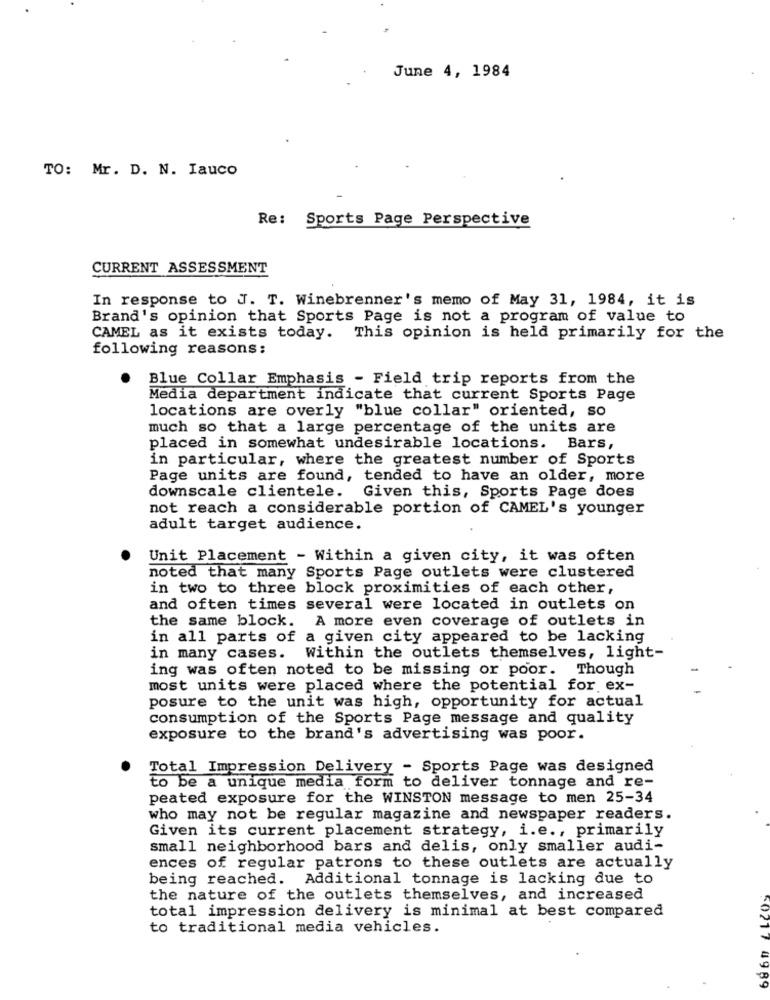
June 4, 1984
TO: Mr. D. N. Iauco
Re: Sports Page Perspective
CURRENT ASSESSMENT
In response to J. T. Winebrenner's memo of May 31, 1984, it is
Brand's opinion that Sports Page is not a program of value to
CAMEL as it exists today. This opinion is held primarily for the
following reasons:
Blue Collar Emphasis - Field trip reports from the
Media department indicate that current Sports Page
locations are overly "blue collar" oriented, so
much so that a large percentage of the units are
placed in somewhat undesirable locations. Bars,
in particular, where the greatest number of Sports
Page units are found, tended to have an older, more
downscale clientele. Given this, Sports Page does
not reach a considerable portion of CAMEL's younger
adult target audience.
Unit Placement - Within a given city, it was often
noted that many Sports Page outlets were clustered
in two to three block proximities of each other,
and often times several were located in outlets on
the same block. A more even coverage of outlets in
in all parts of a given city appeared to be lacking
in many cases. Within the outlets themselves, light-
ing was often noted to be missing or poor. Though
most units were placed where the potential for ex-
posure to the unit was high, opportunity for actual
consumption of the Sports Page message and quality
exposure to the brand's advertising was poor.
Total Impression Delivery - Sports Page was designed
to be a unique media form to deliver tonnage and re-
peated exposure for the WINSTON message to men 25-34
who may not be regular magazine and newspaper readers.
Given its current placement strategy, i.e ., primarily
small neighborhood bars and delis, only smaller audi-
ences of regular patrons to these outlets are actually
being reached. Additional tonnage is lacking due to
the nature of the outlets themselves, and increased
total impression delivery is minimal at best compared
to traditional media vehicles.
4989